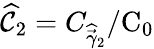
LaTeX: \widehat{\mathcal{C}}_{2}=C_{\widehat{\vec{\gamma}}_{2}}/\textrm{C}_{0}